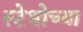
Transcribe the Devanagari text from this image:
स्टेथोच्या